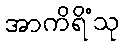
အာကိရိံသု